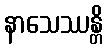
နာသေဿန္တိ